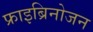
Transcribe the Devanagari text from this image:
फ्राइब्रिनोजन